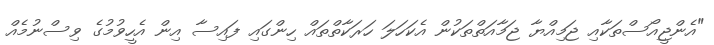
"އެންޖީއޯސްތަކާއި ޖަމިއްޔާ ޖަމާއަތްތަކުން އެކަހަލަ ހަރަކާތްތައް ހިންގައި ފައިސާ އިން އެހީވުމުގެ ވިސްނުމެއް